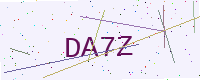
Text: DA7Z